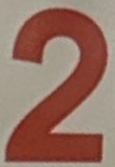
2